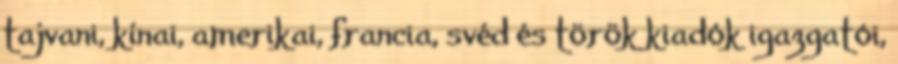
tajvani, kínai, amerikai, francia, svéd és török kiadók igazgatói,